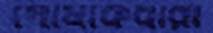
পোষাকধারী